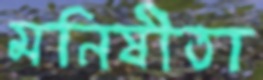
মনিষীতা